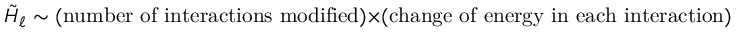
\tilde { \cal H } _ { \ell } \sim ( \mathrm { n u m b e r ~ o f ~ i n t e r a c t i o n s ~ m o d i f i e d } ) \times ( \mathrm { c h a n g e ~ o f ~ e n e r g y ~ i n ~ e a c h ~ i n t e r a c t i o n } ) \sim N _ { c } \times N _ { c } ^ { - 1 } \sim N _ { c } ^ { 0 } \sim \lambda ^ { 0 } .